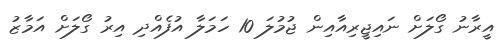
އީރާނު ގޯލަށް ނައިޖީރިއާއިން ޖުމުލަ 10 ހަމަލާ އުފެއްދި އިރު ގޯލަށް އަމާޒު